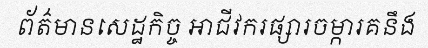
ព័ត៌មានសេដ្ឋកិច្ច អាជីវករផ្សារចម្ការគនឹង